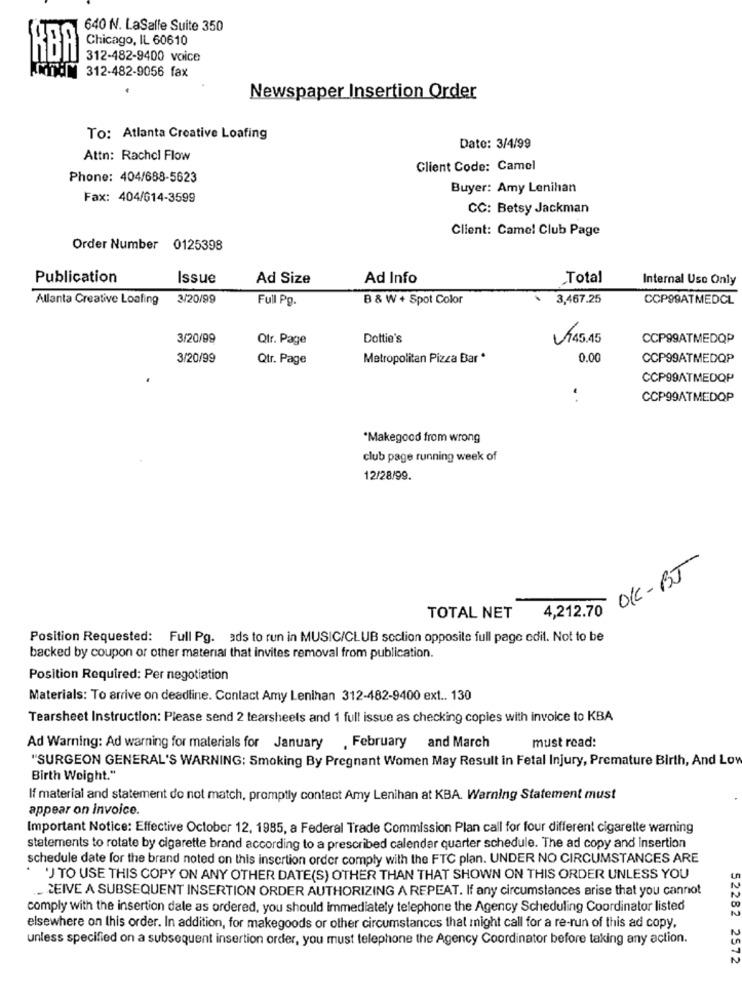
640 N. LaSalle Suite 350
Chicago, IL 60610
KBA
312-482-9400 voice
TOM 312-482-9056 fax
Newspaper Insertion Order
To: Atlanta Creative Loafing
Date: 3/4/99
Attn: Rachel Flow
Client Code: Camel
Phone: 404/688-5623
Buyer: Amy Lenihan
Fax: 404/614-3599
CC: Betsy Jackman
Client: Came! Club Page
Order Number 0125398
Publication
Issue
Ad Size
Ad Info
Total
Internal Use Only
Allanta Creative Loafing
3/20/99
Full Pg.
B & W + Spot Color
3,467.25
CCP99ATMEDCL
3/20/99
Qtr. Page
Dottie's
745.45
CCP99ATMEDQP
3/20/99
Qtr. Page
Metropolitan Pizza Bar *
0.00
CCP99ATMEDQP
CCP99ATMEDQP
CCP99ATMEDQP
*Makegood from wrong
club page running week of
12/28/99.
OK-BJ
4,212.70
TOTAL NET
Position Requested: Full Pg. ads to run in MUSIC/CLUB section opposite full page edit. Not to be
backed by coupon or other material that invites removal from publication.
Position Required: Per negotiation
Materials: To arrive on deadline. Contact Amy Lenihan 312-482-9400 ext .. 130
Tearsheet Instruction: Please send 2 tearsheets and 1 full issue as checking copies with invoice to KBA
must read:
Ad Warning: Ad warning for materials for January , February and March
"SURGEON GENERAL'S WARNING: Smoking By Pregnant Women May Result in Fetal Injury, Premature Birth, And Lov
Birth Weight."
If material and statement do not match, promptly contact Amy Lenihan at KBA. Warning Statement must
appear on invoice.
Important Notice: Effective October 12, 1985, a Federal Trade Commission Plan call for four different cigarette warning
statements to rotate by cigarette brand according to a prescribed calendar quarter schedule. The ad copy and Insertion
schedule date for the brand noted on this insertion order comply with the FTC plan. UNDER NO CIRCUMSTANCES ARE
"J TO USE THIS COPY ON ANY OTHER DATE(S) OTHER THAN THAT SHOWN ON THIS ORDER UNLESS YOU
. CEIVE A SUBSEQUENT INSERTION ORDER AUTHORIZING A REPEAT. If any circumstances arise that you cannot
comply with the insertion dale as ordered, you should immediately telephone the Agency Scheduling Coordinator listed
52282
elsewhere on this order. In addition, for makegoods or other circumstances that might call for a re-run of this ad copy,
unless specified on a subsequent insertion order, you must telephone the Agency Coordinator before taking any action.
2572